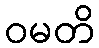
ဝမတိ